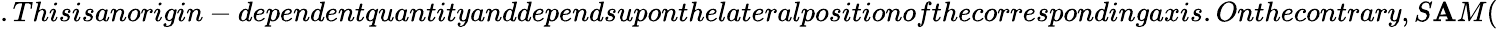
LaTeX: .Thisisanorigin-dependentquantityanddependsuponthelateralpositionofthecorrespondingaxis.Onthecontrary,S\mathbf{A}M(